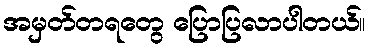
အမှတ်တရတွေ ပြောပြလာပါတယ်။